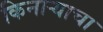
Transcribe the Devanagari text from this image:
किनार्‍याचा